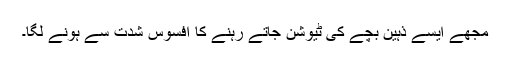
مجھے ایسے ذہین بچے کی ٹیوشن جاتے رہنے کا افسوس شدت سے ہونے لگا۔